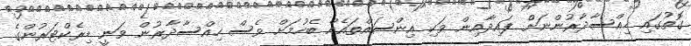
ގޮތުގައި ހިއްސާދާރުންނަށް ފައިދާއިން ވަކި އިންސައްތައެއް ބެހުމަށް ވެސް ހިއްސާދާރުން ވަނީ ޑިރެކްޓަރުންގެ